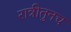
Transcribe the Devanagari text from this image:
रात्रीतुनच